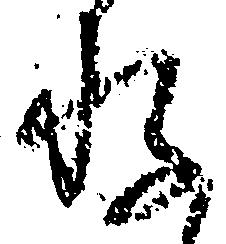
存